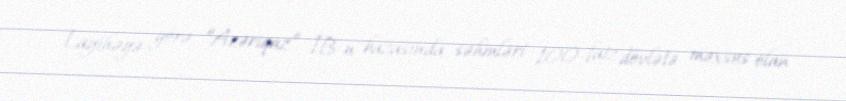
Layihəyə görə, “Azəriqaz” İB-n bazasında səhmləri 100 faiz dövlətə məxsus olan